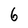
Character: 6